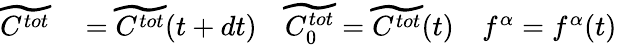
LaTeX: \begin{array}{rl}{\widetilde{C^{tot}}}&{{}=\widetilde{C^{tot}}(t+dt)\quad\widetilde{C_{0}^{tot}}=\widetilde{C^{tot}}(t)\quad f^{\alpha}=f^{\alpha}(t)}\end{array}